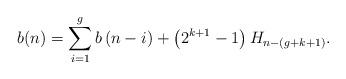
LaTeX: \begin{align*}b(n)=\sum_{i=1}^{g}b\left( n-i \right) +\left( 2^{k+1}-1 \right) H_{n-(g+k+1)}.\end{align*}